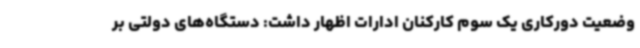
وضعیت دورکاری یک سوم کارکنان ادارات اظهار داشت: دستگاه‌های دولتی بر